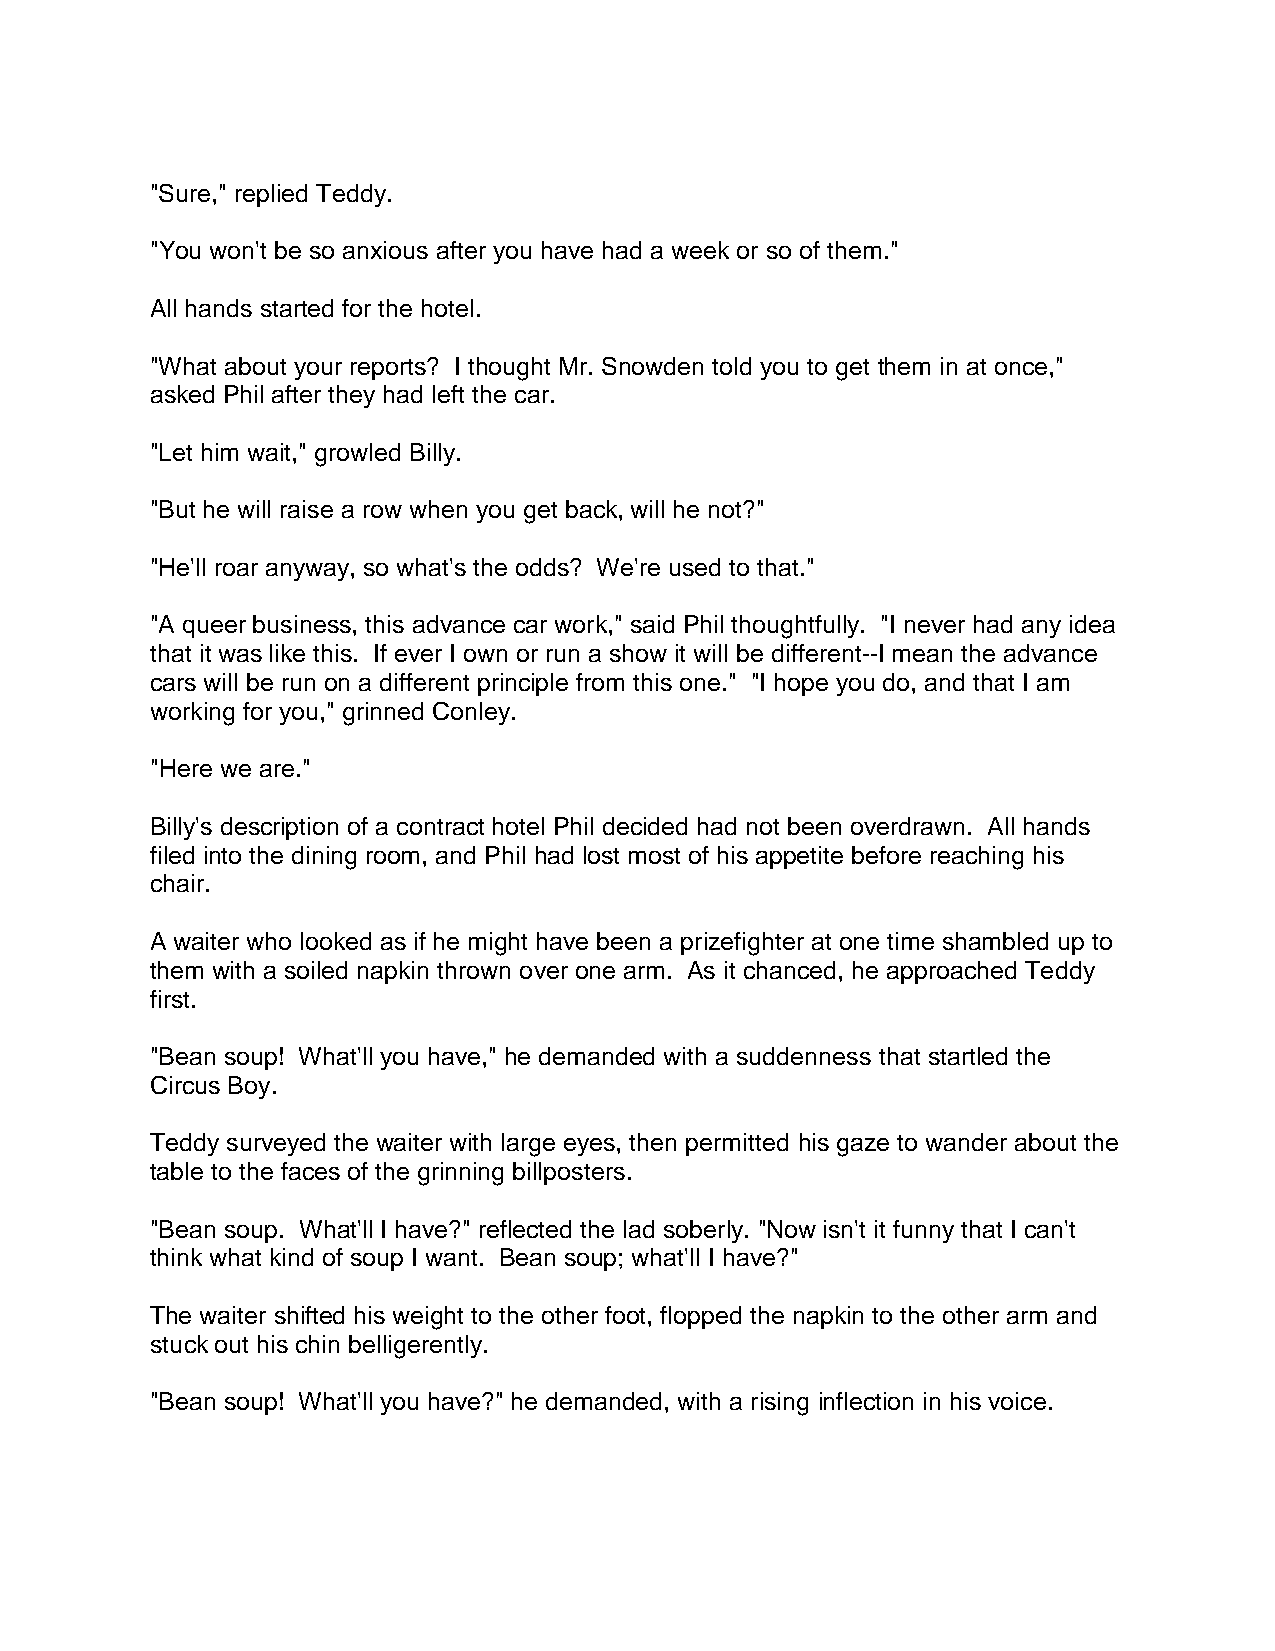
"Sure," replied Teddy.
 "You won't be so anxious after you have had a week or so of them."
 All hands started for the hotel.
 "What about your reports? I thought Mr. Snowden told you to get them in at once,"
 asked Phil after they had left the car.
 "Let him wait," growled Billy.
 "But he will raise a row when you get back, will he not?"
 "He'll roar anyway, so what's the odds? We're used to that."
 "A queer business, this advance car work," said Phil thoughtfully. "I never had any idea
 that it was like this. If ever I own or run a show it will be different--I mean the advance
 cars will be run on a different principle from this one." "I hope you do, and that I am
 working for you," grinned Conley.
 "Here we are."
 Billy's description of a contract hotel Phil decided had not been overdrawn. All hands
 filed into the dining room, and Phil had lost most of his appetite before reaching his
 chair.
 A waiter who looked as if he might have been a prizefighter at one time shambled up to
 them with a soiled napkin thrown over one arm. As it chanced, he approached Teddy
 first.
 "Bean soup! What'll you have," he demanded with a suddenness that startled the
 Circus Boy.
 Teddy surveyed the waiter with large eyes, then permitted his gaze to wander about the
 table to the faces of the grinning billposters.
 "Bean soup. What'll I have?" reflected the lad soberly. "Now isn't it funny that I can't
 think what kind of soup I want. Bean soup; what'll I have?"
 The waiter shifted his weight to the other foot, flopped the napkin to the other arm and
 stuck out his chin belligerently.
 "Bean soup! What'll you have?" he demanded, with a rising inflection in his voice.